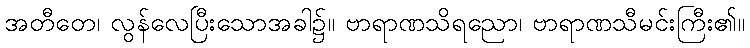
အတီတေ၊ လွန်လေပြီးသောအခါ၌။ ဗာရာဏသိရညော၊ ဗာရာဏသီမင်းကြီး၏။